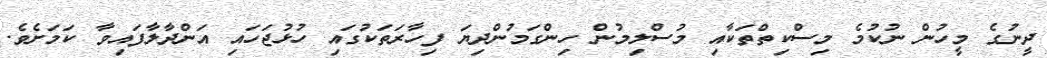
ދީނުގެ މީހުން ނުކުމެ މިސްކިތްތަކާއި މުސްލިމުން ހިންގަމުންދިޔަ ފިހާރަތަކުގައި ހުޅުޖަހައި އަންދާލާފައިވާ ކަމަށެވެ.